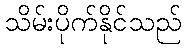
သိမ်းပိုက်နိုင်သည်